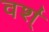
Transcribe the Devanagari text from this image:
वर्श्